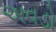
અવડો